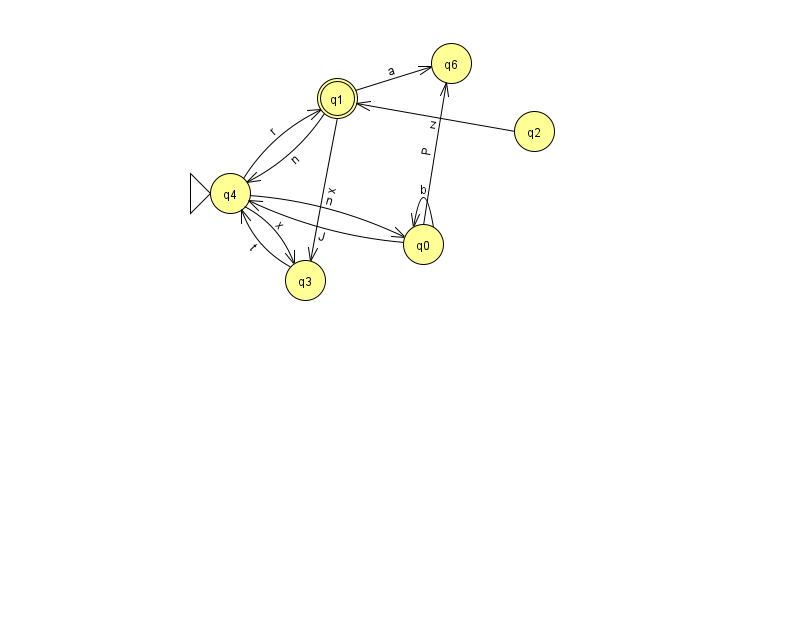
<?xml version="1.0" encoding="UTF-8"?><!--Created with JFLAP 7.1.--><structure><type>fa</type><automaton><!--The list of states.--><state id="0" name="q0"><x>423.0</x><y>231.0</y></state><state id="1" name="q1"><x>337.0</x><y>85.0</y><final/></state><state id="2" name="q2"><x>534.0</x><y>118.0</y></state><state id="3" name="q3"><x>305.0</x><y>267.0</y></state><state id="4" name="q4"><x>230.0</x><y>180.0</y><initial/></state><state id="6" name="q6"><x>451.0</x><y>50.0</y></state><!--The list of transitions.--><transition><from>3</from><to>4</to><read>t</read></transition><transition><from>0</from><to>0</to><read>b</read></transition><transition><from>4</from><to>1</to><read>r</read></transition><transition><from>1</from><to>3</to><read>x</read></transition><transition><from>1</from><to>6</to><read>a</read></transition><transition><from>0</from><to>4</to><read>J</read></transition><transition><from>1</from><to>4</to><read>n</read></transition><transition><from>0</from><to>6</to><read>P</read></transition><transition><from>2</from><to>1</to><read>z</read></transition><transition><from>4</from><to>3</to><read>x</read></transition><transition><from>4</from><to>0</to><read>n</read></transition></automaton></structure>